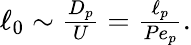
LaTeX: \begin{array}{r}{\ell_{0}\sim\frac{D_{p}}U=\frac{\ell_{p}}{Pe_{p}}.}\end{array}